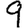
Digit: 9